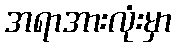
အရာအားလုံးမှာ